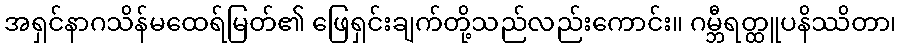
အရှင်နာဂသိန်မထေရ်မြတ်၏ ဖြေရှင်းချက်တို့သည်လည်းကောင်း။ ဂမ္ဘီရတ္ထူပနိဿိတာ၊